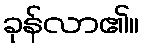
ခုန်လာ၏။